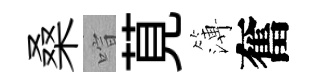
桑喧莧簿奮